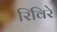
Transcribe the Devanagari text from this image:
रिविरे